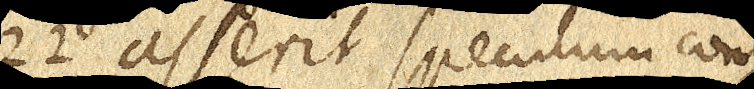
22 asserit speculum con–